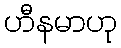
ဟီနမာဟု